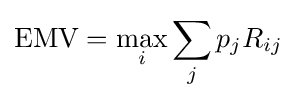
{\mbox{EMV}}=\max _{i}\sum _{j}p_{j}R_{ij}